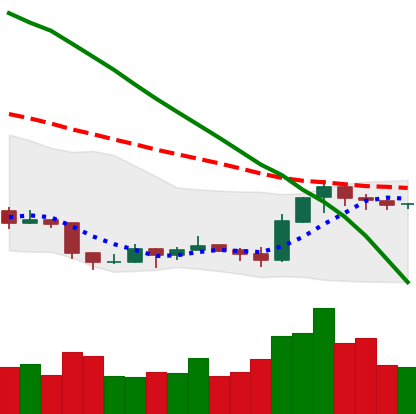
Ticker: EOS-USD
Chart end date: 2019-09-13
Forward return: 9.779%
Label: up_7plus